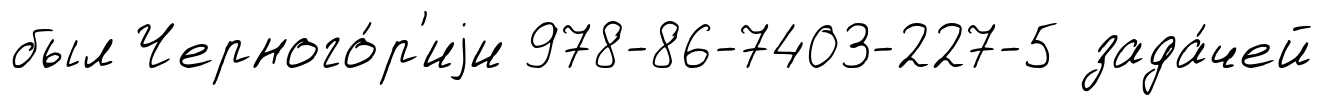
был Черного́р'иjи 978-86-7403-227-5 зада́чей